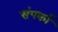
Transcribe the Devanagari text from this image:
संपर्का